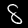
Digit: 8